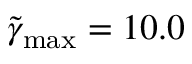
\tilde { \gamma } _ { \mathrm { m a x } } = 1 0 . 0